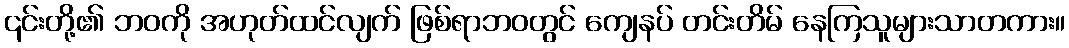
၎င်းတို့၏ ဘဝကို အဟုတ်ထင်လျက် ဖြစ်ရာဘဝတွင် ကျေနပ် တင်းတိမ် နေကြသူများသာတကား။